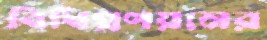
বিধিপ্রণয়নের